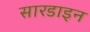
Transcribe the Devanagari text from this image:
सारडाइन